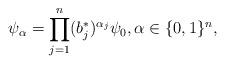
LaTeX: \begin{align*} \psi_{\alpha} = \prod_{j=1}^n (b_j^*)^{\alpha_j} \psi_0, \alpha \in \{0,1\}^n,\end{align*}